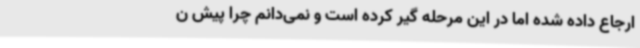
ارجاع داده شده اما در این مرحله گیر کرده است و نمی‌دانم چرا پیش ن